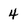
Character: 4